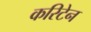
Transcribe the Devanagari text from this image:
करिटेन